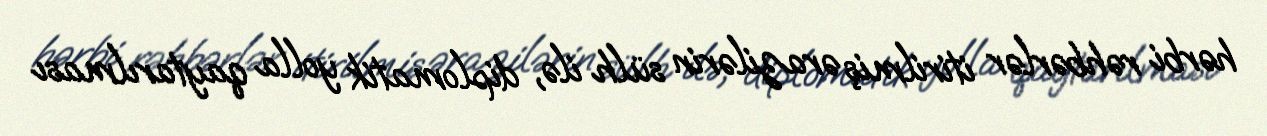
hərbi rəhbərlər itirilmiş ərazilərin sülh ilə, diplomatik yolla qaytarılması